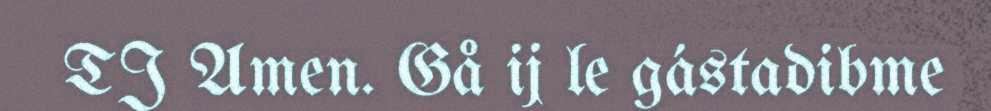
TJ Amen. Gå ij le gástadibme